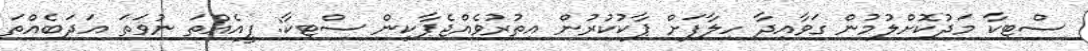
ސްޓިކާ މަދުކޮށްލުމުން ގަވާއިދާ ހިލާފަށް ޕާކުކުރުން އިތުރުވެއްޖެޕާކިން ސްޓިކާ: ފީއެއްތަ ނުވަތަ އަދަބެއްތަ